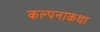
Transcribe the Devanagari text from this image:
कल्पनाकथा